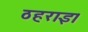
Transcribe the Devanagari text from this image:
ठहराइ।